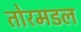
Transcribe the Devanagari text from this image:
तोरमडल